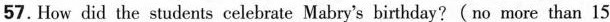
57. How did the students celebrate Mabry's birthday? (no more than 15